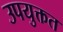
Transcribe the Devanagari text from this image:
उपयुक्तत